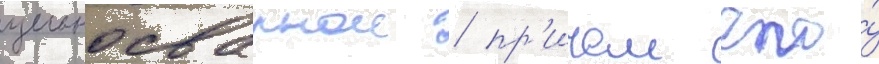
цельносварнои / пр'ичем его́